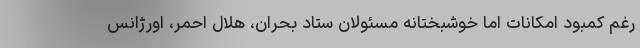
رغم کمبود امکانات اما خوشبختانه مسئولان ستاد بحران، هلال احمر، اورژانس